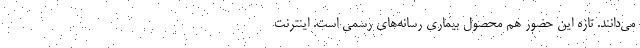
می‌دانند. تازه این حضور هم محصول بیماری رسانه‌های رسمی است. اینترنت